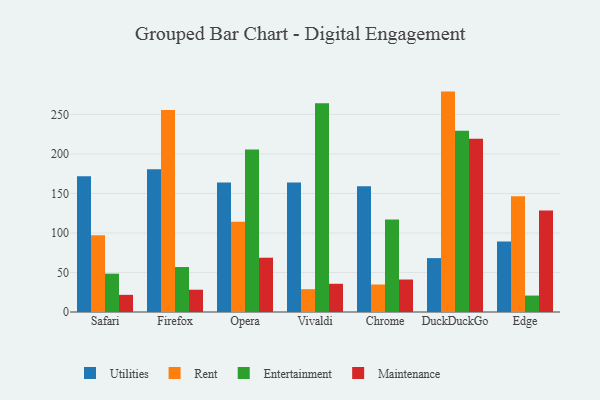
{"axis": {"x": "Browser", "y": "Shipments"}, "legend": ["Entertainment", "Maintenance", "Rent", "Utilities"], "data": [{"x": "Safari", "y": 171.8, "type": "Utilities"}, {"x": "Safari", "y": 97.1, "type": "Rent"}, {"x": "Safari", "y": 48.5, "type": "Entertainment"}, {"x": "Safari", "y": 21.7, "type": "Maintenance"}, {"x": "Firefox", "y": 180.6, "type": "Utilities"}, {"x": "Firefox", "y": 255.6, "type": "Rent"}, {"x": "Firefox", "y": 56.9, "type": "Entertainment"}, {"x": "Firefox", "y": 28.2, "type": "Maintenance"}, {"x": "Opera", "y": 164.0, "type": "Utilities"}, {"x": "Opera", "y": 114.1, "type": "Rent"}, {"x": "Opera", "y": 205.5, "type": "Entertainment"}, {"x": "Opera", "y": 68.7, "type": "Maintenance"}, {"x": "Vivaldi", "y": 163.8, "type": "Utilities"}, {"x": "Vivaldi", "y": 28.9, "type": "Rent"}, {"x": "Vivaldi", "y": 264.2, "type": "Entertainment"}, {"x": "Vivaldi", "y": 35.7, "type": "Maintenance"}, {"x": "Chrome", "y": 159.0, "type": "Utilities"}, {"x": "Chrome", "y": 34.8, "type": "Rent"}, {"x": "Chrome", "y": 117.1, "type": "Entertainment"}, {"x": "Chrome", "y": 41.1, "type": "Maintenance"}, {"x": "DuckDuckGo", "y": 68.2, "type": "Utilities"}, {"x": "DuckDuckGo", "y": 278.9, "type": "Rent"}, {"x": "DuckDuckGo", "y": 229.4, "type": "Entertainment"}, {"x": "DuckDuckGo", "y": 219.3, "type": "Maintenance"}, {"x": "Edge", "y": 89.2, "type": "Utilities"}, {"x": "Edge", "y": 146.6, "type": "Rent"}, {"x": "Edge", "y": 20.8, "type": "Entertainment"}, {"x": "Edge", "y": 128.3, "type": "Maintenance"}]}